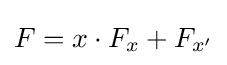
F=x\cdot F_{x}+F_{x'}